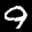
Label: 9